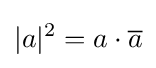
|a|^{2}=a\cdot {\overline {a}}